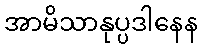
အာမိသာနုပ္ပဒါနေန